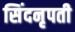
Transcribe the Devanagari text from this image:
सिंदनृपती